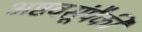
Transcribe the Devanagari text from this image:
अष्टवसूंपैकी